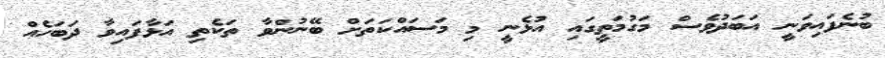
ބުނެފައިވަނީ އަބަދުވެސް މަގުމަތީގައި އުޅެނީ މި މަސައްކަތަށް ބޭނުންވާ ތަކެތި އަޅާފައިވާ ދަބަހެއް